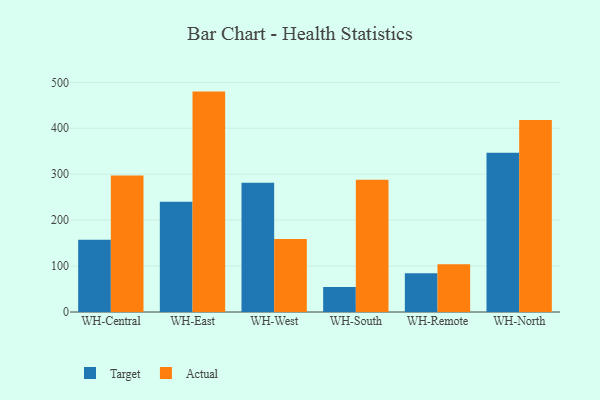
{"axis": {"x": "Warehouse", "y": "Gross Profit (USD K)"}, "legend": ["Actual", "Target"], "data": [{"x": "WH-Central", "y": 157.2, "type": "Target"}, {"x": "WH-Central", "y": 297.2, "type": "Actual"}, {"x": "WH-East", "y": 240.1, "type": "Target"}, {"x": "WH-East", "y": 479.8, "type": "Actual"}, {"x": "WH-West", "y": 281.1, "type": "Target"}, {"x": "WH-West", "y": 158.9, "type": "Actual"}, {"x": "WH-South", "y": 54.6, "type": "Target"}, {"x": "WH-South", "y": 288.1, "type": "Actual"}, {"x": "WH-Remote", "y": 84.5, "type": "Target"}, {"x": "WH-Remote", "y": 104.0, "type": "Actual"}, {"x": "WH-North", "y": 346.7, "type": "Target"}, {"x": "WH-North", "y": 417.8, "type": "Actual"}]}